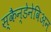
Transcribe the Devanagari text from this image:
स्कैन्डेनेविअन